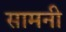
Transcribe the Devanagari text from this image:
सामनी